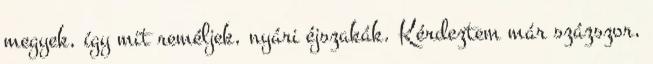
megyek, így mit reméljek, nyári éjszakák. Kérdeztem már százszor,